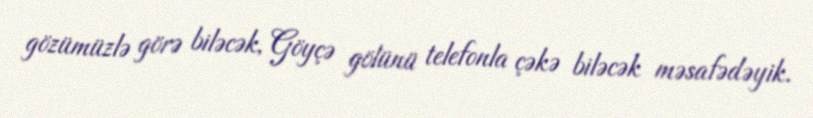
gözümüzlə görə biləcək, Göyçə gölünü telefonla çəkə biləcək məsafədəyik.